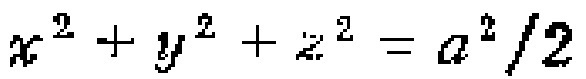
$x^{2}+y^{2}+z^{2}=a^{2}/2$